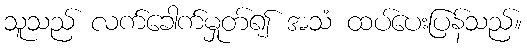
သူသည် လက်ခေါက်မှုတ်၍ အသံ ထပ်ပေးပြန်သည်။